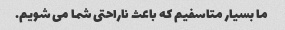
ما بسیار متاسفیم که باعث ناراحتی شما می شویم.